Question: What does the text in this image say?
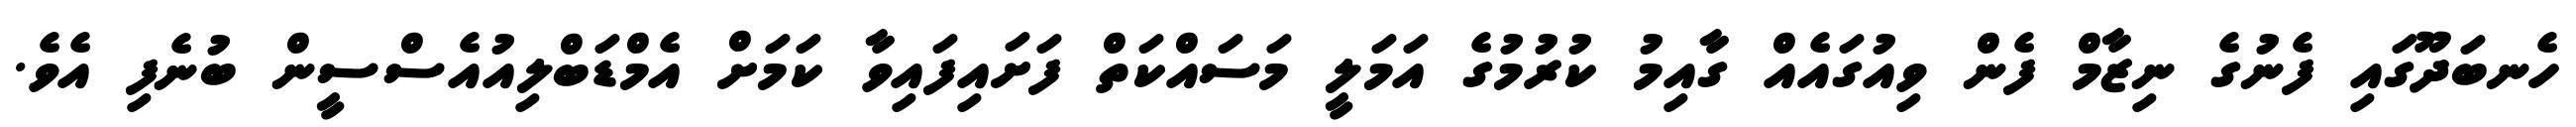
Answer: ހެނބަދޫގައި ފެނުގެ ނިޒާމް ފެން ވިއުގައެއް ގާއިމު ކުރުމުގެ އަމަލީ މަސައްކަތް ފަށައިފައިވާ ކަމަށް އެމްޑަބްލިއުއެސްސީން ބުނެފި އެވެ.